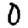
Digit: 0